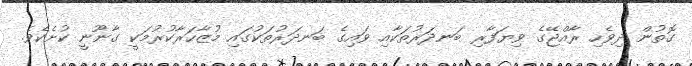
ގޮތުން ދިވެހި ރާއްޖޭގެ ވިޔަފާރި ބަނދަރުތަކާއި ވައިގެ ބަނދަރުތަކުގައި މުޒާހަރާކުރުމަކީ ގާނޫނީ ކުށެކެވެ.